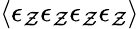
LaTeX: \langle\epsilon_{\mathcal{Z}}\epsilon_{\mathcal{Z}}\epsilon_{\mathcal{Z}}\epsilon_{\mathcal{Z}}\rangle